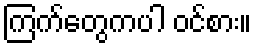
ကြက်တွေကပါ ဝင်စား။